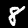
Label: 8